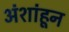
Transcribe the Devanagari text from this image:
अंशांहून